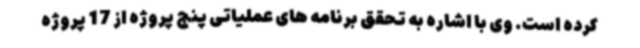
کرده است. وی با اشاره به تحقق برنامه های عملیاتی پنج پروژه از 17 پروژه